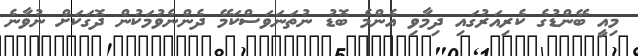
މިއީ ބޭންޑުގެ ކެރިއަރުގައި ދިމާވި އެންމެ ބޮޑު ނުތަނަވަސްކަމޭ ދެންނެވުމަކުން ދޮގަކަށް ނުވާނެ